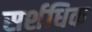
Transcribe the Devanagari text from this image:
सर्शधिक